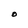
Character: O